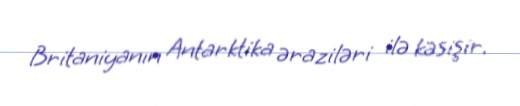
Britaniyanın Antarktika əraziləri ilə kəsişir.